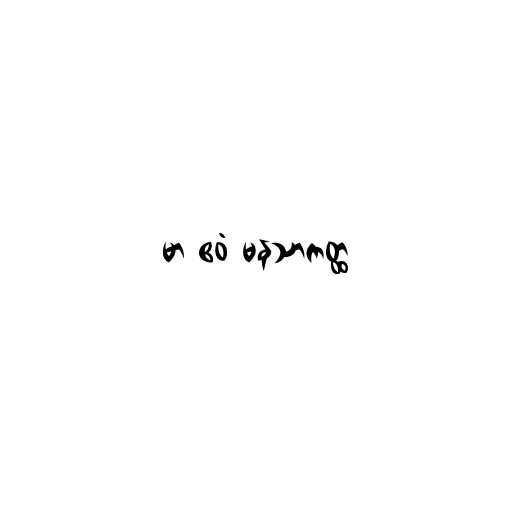
မာ ဧဝံ မနသာကတ္ထ